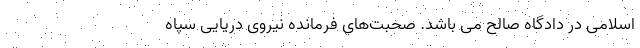
اسلامی در دادگاه صالح می باشد. صحبت‌های فرمانده نیروی دریایی سپاه